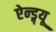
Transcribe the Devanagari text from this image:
ऐन्ड्र्यू